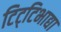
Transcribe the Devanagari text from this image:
टिट्‌टिभाद्या